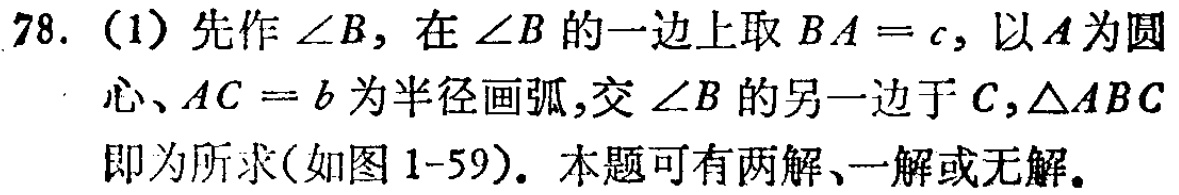
78. (1) 先作\(\angle B\)，在\(\angle B\)的一边上取\(BA = c\)，以\(A\)为圆心、\(AC = b\)为半径画弧，交\(\angle B\)的另一边于\(C\)，\(\triangle ABC\)即为所求(如图1 - 59)。本题可有两解、一解或无解。